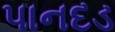
પાનદડ